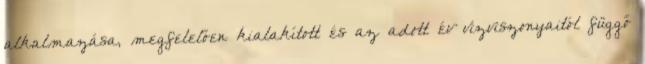
alkalmazása, megfelelően kialakított és az adott év vízviszonyaitól függő